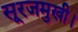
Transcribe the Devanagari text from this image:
सूरजमुखी।